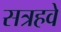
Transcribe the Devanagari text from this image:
सत्रहवे